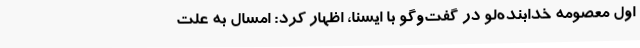
اول معصومه خدابنده‌لو در گفت‌وگو با ایسنا، اظهار کرد: امسال به علت